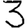
Digit: 3